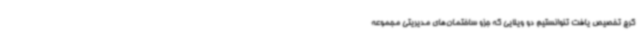
کرج تخصیص یافت تنوانستیم دو ویلایی که جزو ساختمان‌های مدیریتی مجموعه